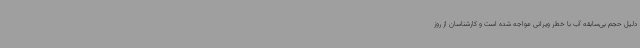
دلیل حجم بی‌سابقه آب با خطر ویرانی مواجه شده است و کارشناسان از روز